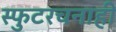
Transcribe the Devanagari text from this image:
स्फुटरचनाही